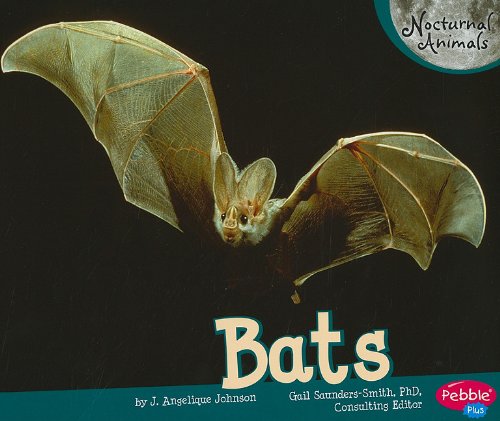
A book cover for Bats (Nocturnal Animals); J. Angelique Johnson; Children's Books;